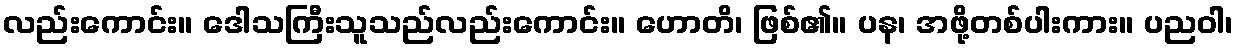
လည်းကောင်း။ ဒေါသကြီးသူသည်လည်းကောင်း။ ဟောတိ၊ ဖြစ်၏။ ပန၊ အဖို့တစ်ပါးကား။ ပညဝါ၊